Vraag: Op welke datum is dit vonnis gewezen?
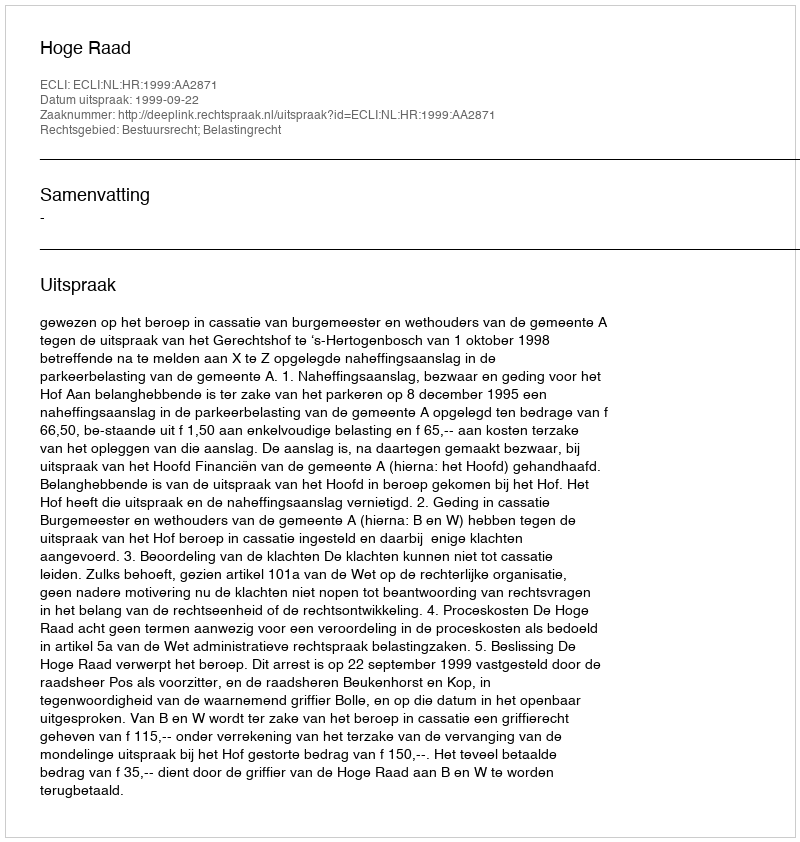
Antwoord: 1999-09-22